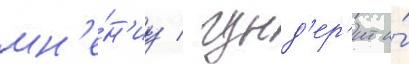
мн'е́н'иу / гунд'ер'ит и́